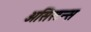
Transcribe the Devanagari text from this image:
असिस्टन्स